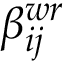
\beta _ { i j } ^ { w r }